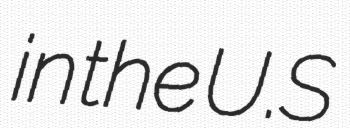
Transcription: in the U.S